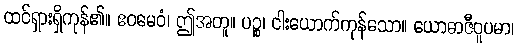
ထင်ရှားရှိကုန်၏။ ဧဝမေဝံ၊ ဤအတူ။ ပဉ္စ၊ ငါးယောက်ကုန်သော။ ယောဓာဇီဝူပမာ၊